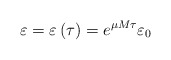
\begin{align*}\varepsilon = \varepsilon \left( \tau \right) = e^{\mu M \tau} \varepsilon_0\end{align*}